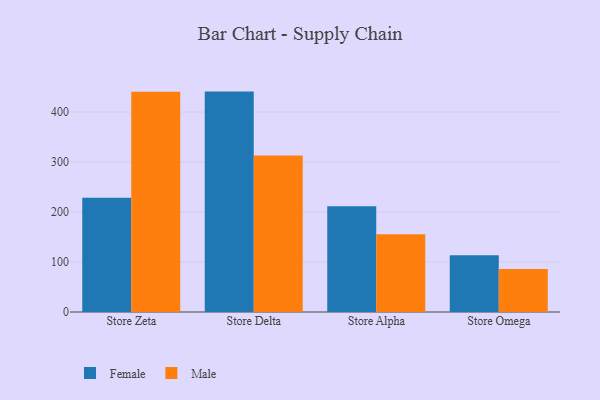
{"axis": {"x": "Store", "y": "Shipments"}, "legend": ["Female", "Male"], "data": [{"x": "Store Zeta", "y": 228.4, "type": "Female"}, {"x": "Store Zeta", "y": 440.4, "type": "Male"}, {"x": "Store Delta", "y": 440.9, "type": "Female"}, {"x": "Store Delta", "y": 313.1, "type": "Male"}, {"x": "Store Alpha", "y": 211.6, "type": "Female"}, {"x": "Store Alpha", "y": 155.3, "type": "Male"}, {"x": "Store Omega", "y": 113.5, "type": "Female"}, {"x": "Store Omega", "y": 86.1, "type": "Male"}]}